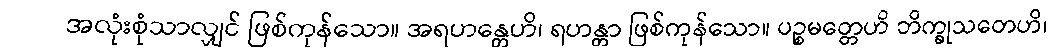
အလုံးစုံသာလျှင် ဖြစ်ကုန်သော။ အရဟန္တေဟိ၊ ရဟန္တာ ဖြစ်ကုန်သော။ ပဉ္စမတ္တေဟိ ဘိက္ခုသတေဟိ၊